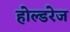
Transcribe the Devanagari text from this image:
होल्डरेज